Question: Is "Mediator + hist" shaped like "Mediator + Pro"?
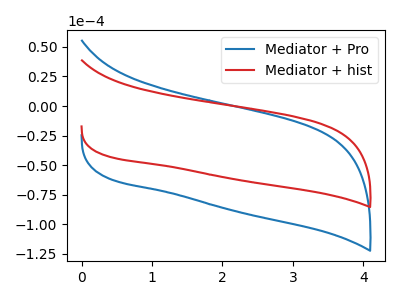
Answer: <think>The blue curve "Mediator + Pro" has no peaks. The red curve "Mediator + hist" has no peaks.
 Neither "Mediator + hist" or "Mediator + Pro" have any peaks.</think>
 <answer>"Mediator + hist" and "Mediator + Pro" are similar in shape.</answer>
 <eval>same_shape</eval>